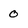
Character: 0